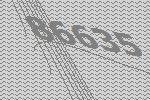
86635